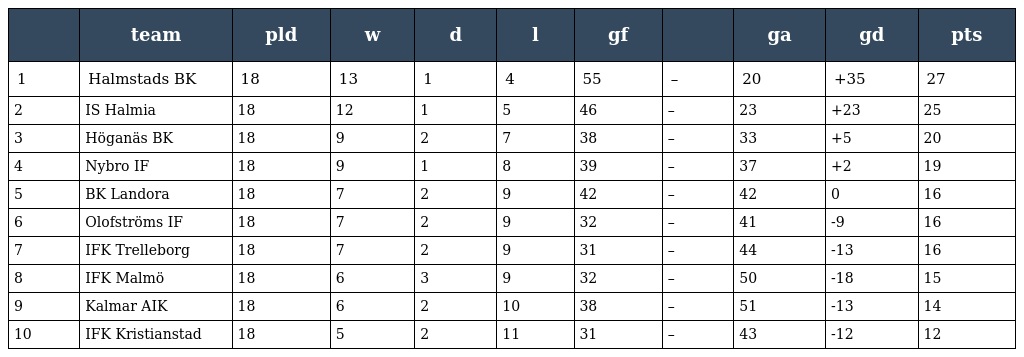
|  | team | pld | w | d | l | gf |  | ga | gd | pts |
 | --- | --- | --- | --- | --- | --- | --- | --- | --- | --- | --- |
 | 1 | Halmstads BK | 18 | 13 | 1 | 4 | 55 | – | 20 | +35 | 27 |
 | 2 | IS Halmia | 18 | 12 | 1 | 5 | 46 | – | 23 | +23 | 25 |
 | 3 | Höganäs BK | 18 | 9 | 2 | 7 | 38 | – | 33 | +5 | 20 |
 | 4 | Nybro IF | 18 | 9 | 1 | 8 | 39 | – | 37 | +2 | 19 |
 | 5 | BK Landora | 18 | 7 | 2 | 9 | 42 | – | 42 | 0 | 16 |
 | 6 | Olofströms IF | 18 | 7 | 2 | 9 | 32 | – | 41 | -9 | 16 |
 | 7 | IFK Trelleborg | 18 | 7 | 2 | 9 | 31 | – | 44 | -13 | 16 |
 | 8 | IFK Malmö | 18 | 6 | 3 | 9 | 32 | – | 50 | -18 | 15 |
 | 9 | Kalmar AIK | 18 | 6 | 2 | 10 | 38 | – | 51 | -13 | 14 |
 | 10 | IFK Kristianstad | 18 | 5 | 2 | 11 | 31 | – | 43 | -12 | 12 |